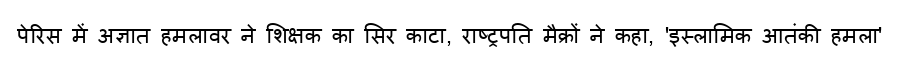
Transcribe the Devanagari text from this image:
पेरिस में अज्ञात हमलावर ने शिक्षक का सिर काटा, राष्ट्रपति मैक्रों ने कहा, 'इस्लामिक आतंकी हमला'